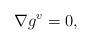
LaTeX: \begin{align*}\nabla g^{v}=0, \end{align*}